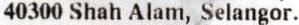
40300 SHAH ALAM, SELANGOR.